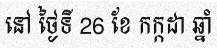
នៅ ថ្ងៃទី 26 ខែ កក្កដា ឆ្នាំ